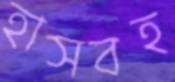
হাসবহ